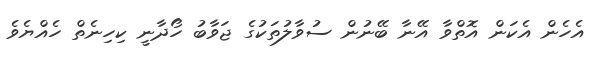
އެހެން އެކަން އޮތްވާ އޭނާ ބޭނުން ސުވާލުތަކުގެ ޖަވާބު ހޯދާނީ ކިހިނެތް ހެއްޔެވެ